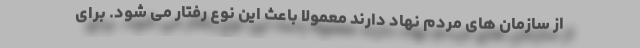
از سازمان های مردم نهاد دارند معمولا باعث این نوع رفتار می شود. برای